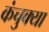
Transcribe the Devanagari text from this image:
कंचुक्या